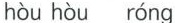
hòu hòu róng